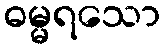
ဓမ္မရသော